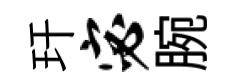
玕宓腕